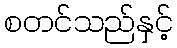
စတင်သည်နှင့်